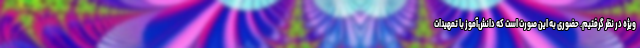
ویژه در نظر گرفتیم. حضوری به این صورت است که دانش‌آموز با تمهیدات